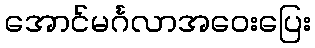
အောင်မင်္ဂလာအဝေးပြေး